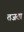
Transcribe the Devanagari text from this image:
तजता